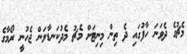
މެޗުގެ ދެވަނަ ހާފުގައި ދެ ތިން މިނިޓަށް މެޗު މެދުކަނޑާލަން ޖެހުނީ ރޯމާގެ